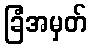
ခြံအမှတ်